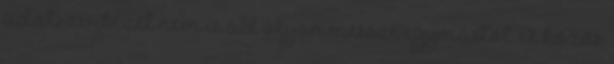
adatszerkezet nem is áll olyan messze egymástól. A közös